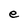
Character: e